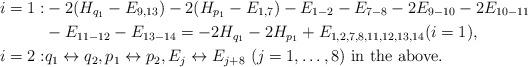
LaTeX: \begin{align*}i=1:&-2(H_{q_1}-E_{9,13})-2(H_{p_1}-E_{1,7})-E_{1-2}-E_{7-8}-2E_{9-10}-2E_{10-11}\\&-E_{11-12}-E_{13-14}=-2H_{q_1}-2H_{p_1}+ E_{1,2,7,8,11,12,13,14}(i=1), \\i=2:& q_1\leftrightarrow q_2, p_1\leftrightarrow p_2, E_j \leftrightarrow E_{j+8} \ (j=1,\dots,8) \mbox{ in the above}.\end{align*}